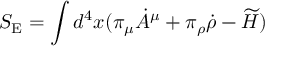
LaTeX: S _ { \mathrm { E } } = \int d ^ { 4 } x ( \pi _ { \mu } \dot { A } ^ { \mu } + \pi _ { \rho } \dot { \rho } - \widetilde { H } )